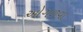
ઓગળવા